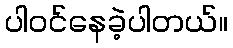
ပါဝင်နေခဲ့ပါတယ်။